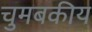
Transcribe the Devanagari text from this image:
चुमबकीय